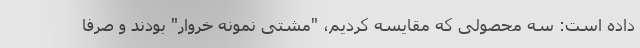
داده است: سه محصولی که مقایسه کردیم، "مشتی نمونه خروار" بودند و صرفا